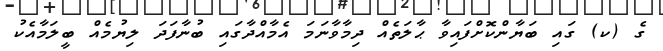
ގެ (ކ) ގައި ބަޔާންކޮށްފައިވާ ޙާލަތެއް ދިމާވާނަމަ އެމާއްދާގައި ބުނާފަދަ ލިޔުމެއް ބީލަމާއެކު